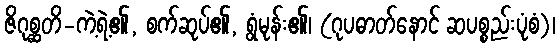
ဇိဂုစ္ဆတိ-ကဲ့ရဲ့၏, စက်ဆုပ်၏, ရွံမုန်း၏၊ (ဂုပဓာတ်နောင် ဆပစ္စည်းပုံစံ)၊